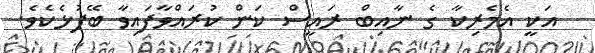
އަކީ އެމެރިކާ ގެ ނާއިބް ރައީސް ކަން ކުރައްވާފައިވާ ބޭފުޅެކެވެ.